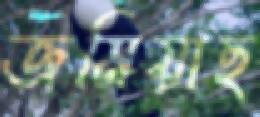
জমিয়াছ